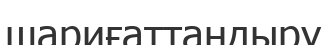
шариғаттандыру